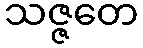
သဇ္ဇတေ